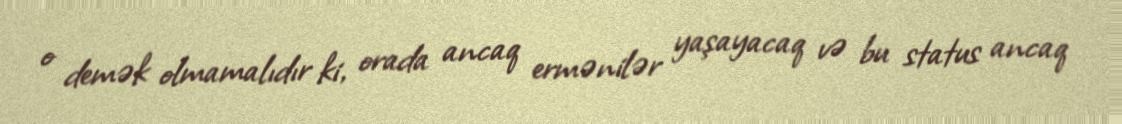
o demək olmamalıdır ki, orada ancaq ermənilər yaşayacaq və bu status ancaq